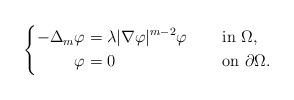
LaTeX: \begin{align*}\left\{\begin{aligned}-\Delta_{m} \varphi&= \lambda |\nabla \varphi|^{m-2}\varphi &&\quad\mbox{ in }\Omega,\\\varphi&= 0 &&\quad\mbox{ on }\partial{\Omega}.\end{aligned}\right.\end{align*}